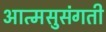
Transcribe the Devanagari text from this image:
आत्मसुसंगती